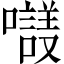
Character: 𡃛